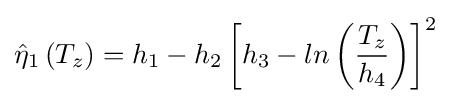
{\hat {\eta }}_{1}\left(T_{z}\right)=h_{1}-h_{2}\left\lbrack h_{3}-ln\left({\frac {T_{z}}{h_{4}}}\right)\right\rbrack ^{2}